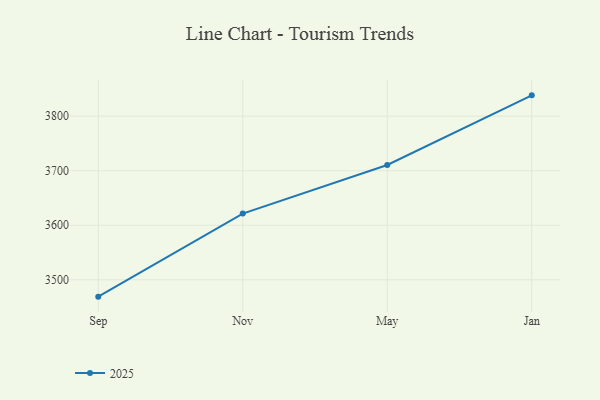
{"axis": {"x": "Month", "y": "Bounce Rate (%)"}, "legend": ["2025"], "data": [{"x": "Sep", "y": 3469.2, "type": "2025"}, {"x": "Nov", "y": 3621.4, "type": "2025"}, {"x": "May", "y": 3710.5, "type": "2025"}, {"x": "Jan", "y": 3838.1, "type": "2025"}]}